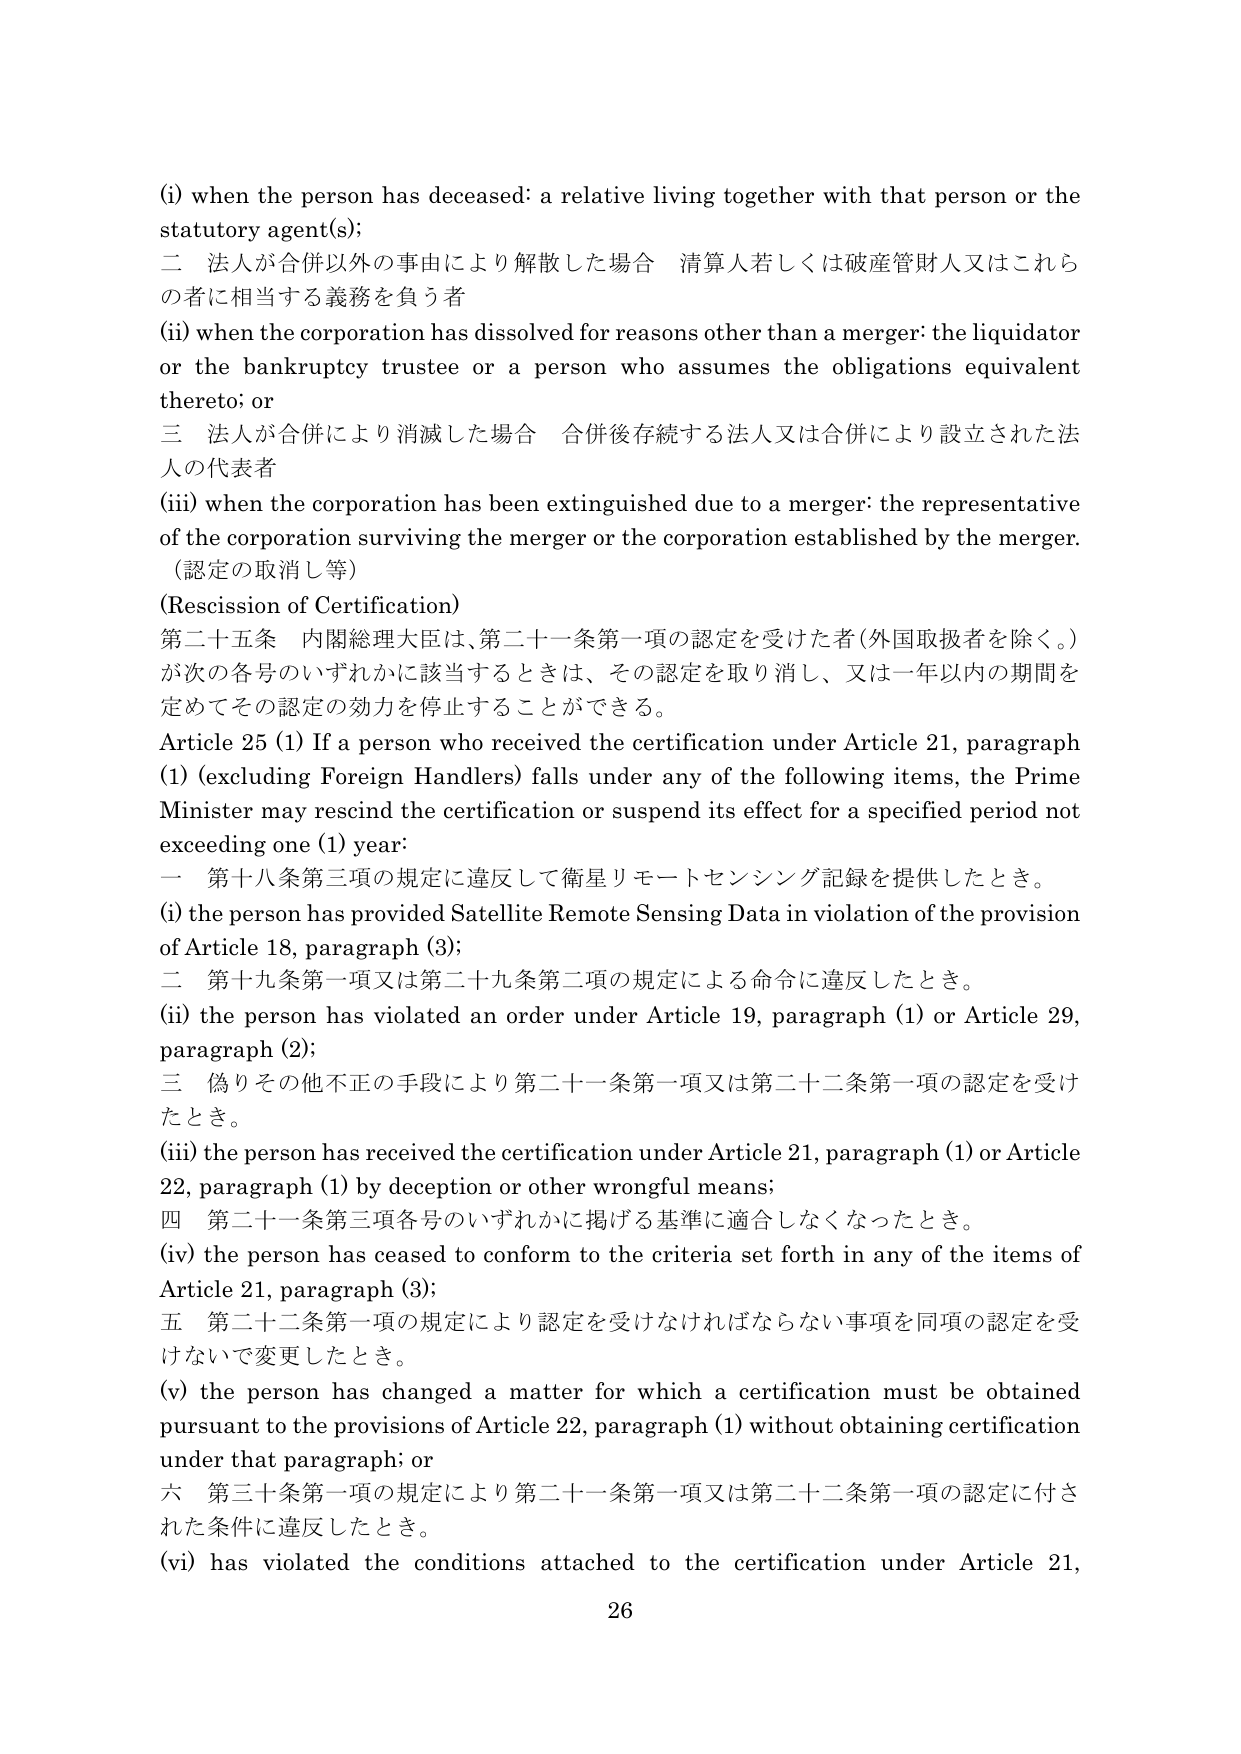
(i) when the person has deceased: a relative living together with that person or the statutory agent(s);
二 法人が合併以外の事由により解散した場合 清算人若しくは破産管財人又はこれら の者に相当する義務を負う者
(ii) when the corporation has dissolved for reasons other than a merger: the liquidator or the bankruptcy trustee or a person who assumes the obligations equivalent thereto; or
三 法人が合併により消滅した場合 合併後存続する法人又は合併により設立された法 人の代表者
(iii) when the corporation has been extinguished due to a merger: the representative of the corporation surviving the merger or the corporation established by the merger.
（認定の取消し等）
(Rescission of Certification)
第二十五条 内閣総理大臣は、第二十一条第一項の認定を受けた者（外国取扱者を除く。） が次の各号のいずれかに該当するときは、その認定を取り消し、又は一年以内の期間を 定めてその認定の効力を停止することができる。
Article 25 (1) If a person who received the certification under Article 21, paragraph (1) (excluding Foreign Handlers) falls under any of the following items, the Prime Minister may rescind the certification or suspend its effect for a specified period not exceeding one (1) year:
一 第十八条第三項の規定に違反して衛星リモートセンシング記録を提供したとき。
(i) the person has provided Satellite Remote Sensing Data in violation of the provision of Article 18, paragraph (3);
二 第十九条第一項又は第二十九条第二項の規定による命令に違反したとき。
(ii) the person has violated an order under Article 19, paragraph (1) or Article 29, paragraph (2);
三 偽りその他不正の手段により第二十一条第一項又は第二十二条第一項の認定を受け たとき。
(iii) the person has received the certification under Article 21, paragraph (1) or Article 22, paragraph (1) by deception or other wrongful means;
四 第二十一条第三項各号のいずれかに掲げる基準に適合しなくなったとき。
(iv) the person has ceased to conform to the criteria set forth in any of the items of Article 21, paragraph (3);
五 第二十二条第一項の規定により認定を受けなければならない事項を同項の認定を受 けないで変更したとき。
(v) the person has changed a matter for which a certification must be obtained pursuant to the provisions of Article 22, paragraph (1) without obtaining certification under that paragraph; or
六 第三十条第一項の規定により第二十一条第一項又は第二十二条第一項の認定に付さ れた条件に違反したとき。
(vi) has violated the conditions attached to the certification under Article 21,
26